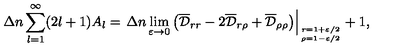
\Delta n \sum _ { l = 1 } ^ { \infty } ( 2 l + 1 ) A _ { l } = \left. \Delta n \lim _ { \varepsilon \to 0 } \left( \overline { { \cal D } } _ { r r } - 2 \overline { { \cal D } } _ { r \rho } + \overline { { \cal D } } _ { \rho \rho } \right) \right| _ { r = 1 + { \varepsilon } / { 2 } \atop \rho = 1 - { \varepsilon } / { 2 } } + 1 { , }